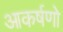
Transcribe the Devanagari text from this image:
आकर्षणो